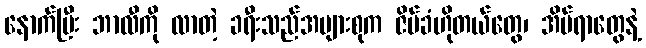
နောက်ပြီး ဘာလီကို လာတဲ့ ခရီးသည်အများစုက ဇိမ်ခံဟိုတယ်တွေ၊ အိမ်ရာတွေနဲ့